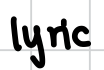
Text: lyric
Cross-out: clean
Writing tool: digital_black